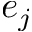
e _ { j }